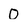
Character: 0